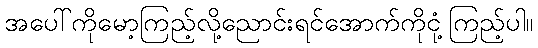
အပေါ်ကိုမော့ကြည့်လို့ညောင်းရင်အောက်ကိုငုံ့ကြည့်ပါ။